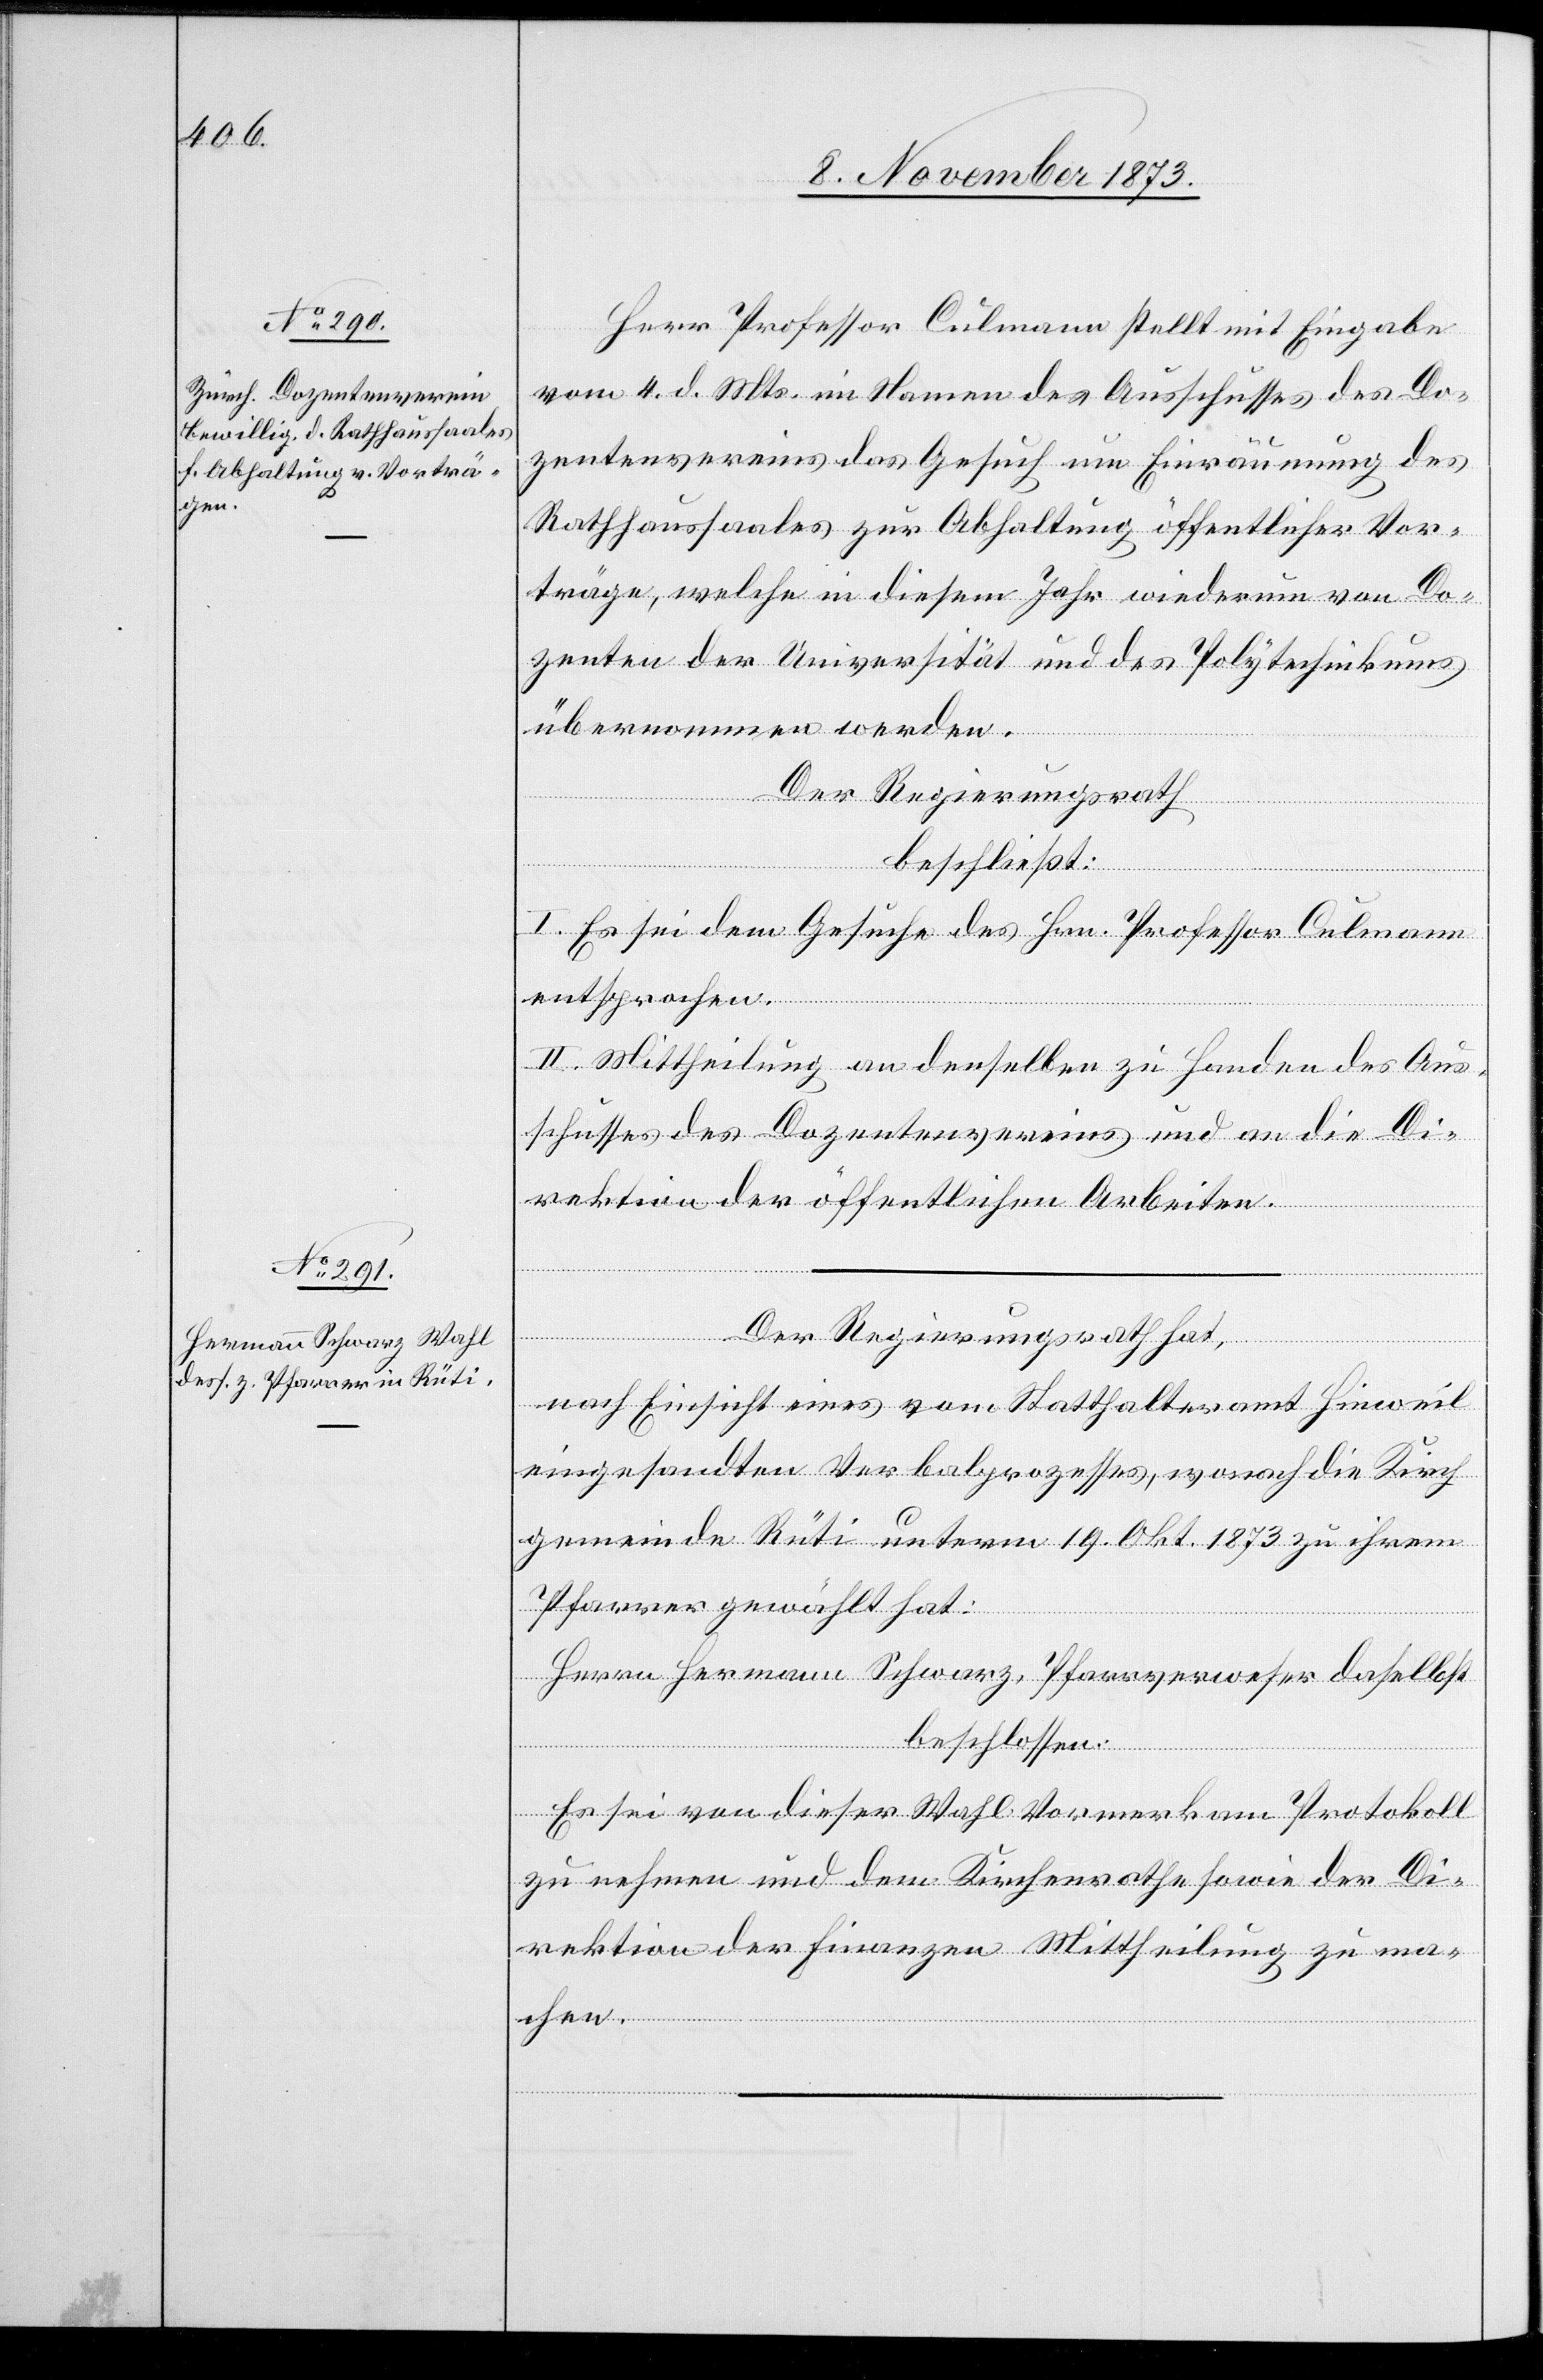
Herr Professor Culmann stellt mit Eingabe
vom 4. d. Mts. im Namen des Ausschusses des Do¬
zentenvereins das Gesuch um Einräumung des
Rathhaussaales zur Abhaltung öffentlicher Vor¬
träge, welche in diesem Jahr wiederum von Do¬
zenten der Universität und des Polytechnikums
übernommen werden.
Der Regierungsrath
beschließt:
I. Es sei dem Gesuche des Hrn. Professor Culmann
entsprochen.
II. Mittheilung an denselben zu Handen des Aus¬
schusses des Dozentenvereins und an die Di¬
rektion der öffentlichen Arbeiten.
Der Regierungsrath hat,
nach Einsicht eines vom Statthalteramt Hinweil
eingesandten Verbalprozesses, wonach die Kirch¬
gemeinde Rüti unterm 19. Okt. 1873 zu ihrem
Pfarrer gewählt hat:
Herrn Hermann Schwarz, Pfarrverweser daselbst
beschlossen:
Es sei von dieser Wahl Vormerk am Protokoll
zu nehmen und dem Kirchenrathe sowie der Di¬
rektion der Finanzen Mittheilung zu ma¬
chen.